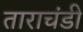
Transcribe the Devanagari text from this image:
ताराचंडी